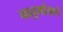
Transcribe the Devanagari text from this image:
चातुर्मासाचे